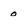
Character: o